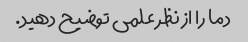
دما را از نظر علمی توضیح دهید.